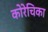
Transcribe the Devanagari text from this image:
कोरेचिका